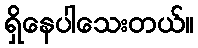
ရှိနေပါသေးတယ်။